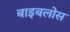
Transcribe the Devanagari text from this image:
बाइबलोस